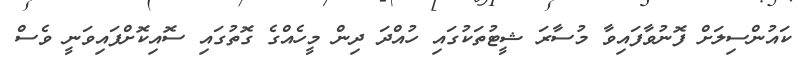
ކައުންސިލަށް ފޮނުވާފައިވާ މުސާރަ ޝީޓުތަކުގައި ހުއްދަ ދިން މީހެއްގެ ގޮތުގައި ސޮއިކޮށްފައިވަނީ ވެސް